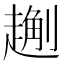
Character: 𧽄